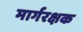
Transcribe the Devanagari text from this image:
मार्गरक्षक